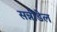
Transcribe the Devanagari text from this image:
सन्नीडेल